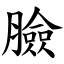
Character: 臉